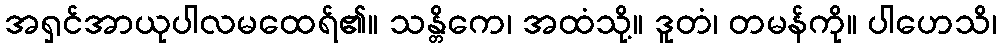
အရှင်အာယုပါလမထေရ်၏။ သန္တိကေ၊ အထံသို့။ ဒူတံ၊ တမန်ကို။ ပါဟေသိ၊